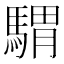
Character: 𩤸